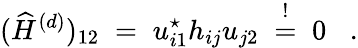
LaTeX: (\widehat{H}^{(d)})_{12}\; =\; u_{i1}^{\star}h_{ij}u_{j2}\; \stackrel{!}{=}\; 0\; \; \; .